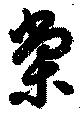
棠